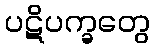
ပဋိပက္ခတွေ